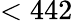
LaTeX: <442